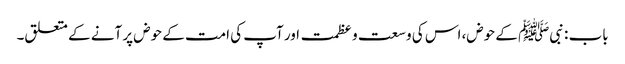
باب : نبیﷺ کے حوض، اس کی وسعت و عظمت اور آپ کی امت کے حوض پر آنے کے متعلق۔